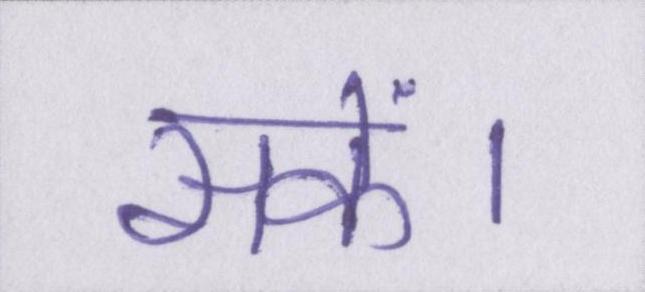
सकें।